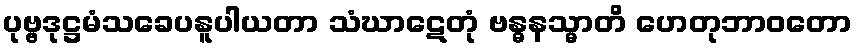
ပုဗ္ဗဒုဋ္ဌမံသခေပနူပါယတာ သံဃာဋေတုံ ဗန္ဓနသ္မာတိ ဟေတုဘာဝတော